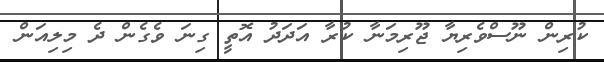
ކުރިން ނޫސްވެރިޔާ ޖޫރިމަނާ ކުރާ އަދަދު އޮތީ ގިނަ ވެގެން ދެ މިލިއަން